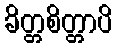
ခိတ္တစိတ္တာပိ